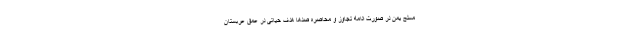
مسلح یمن در صورت ادامه تجاوز و محاصره صدها هدف حیاتی در عمق عربستان